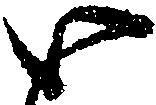
い